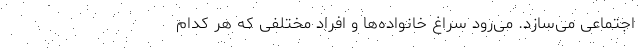
اجتماعی می‌سازد. می‌رود سراغ خانواده‌ها و افراد مختلفی که هر کدام